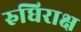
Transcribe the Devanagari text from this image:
रुधिराक्ष